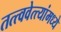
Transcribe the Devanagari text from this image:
तत्त्ववेत्त्यांमध्ये